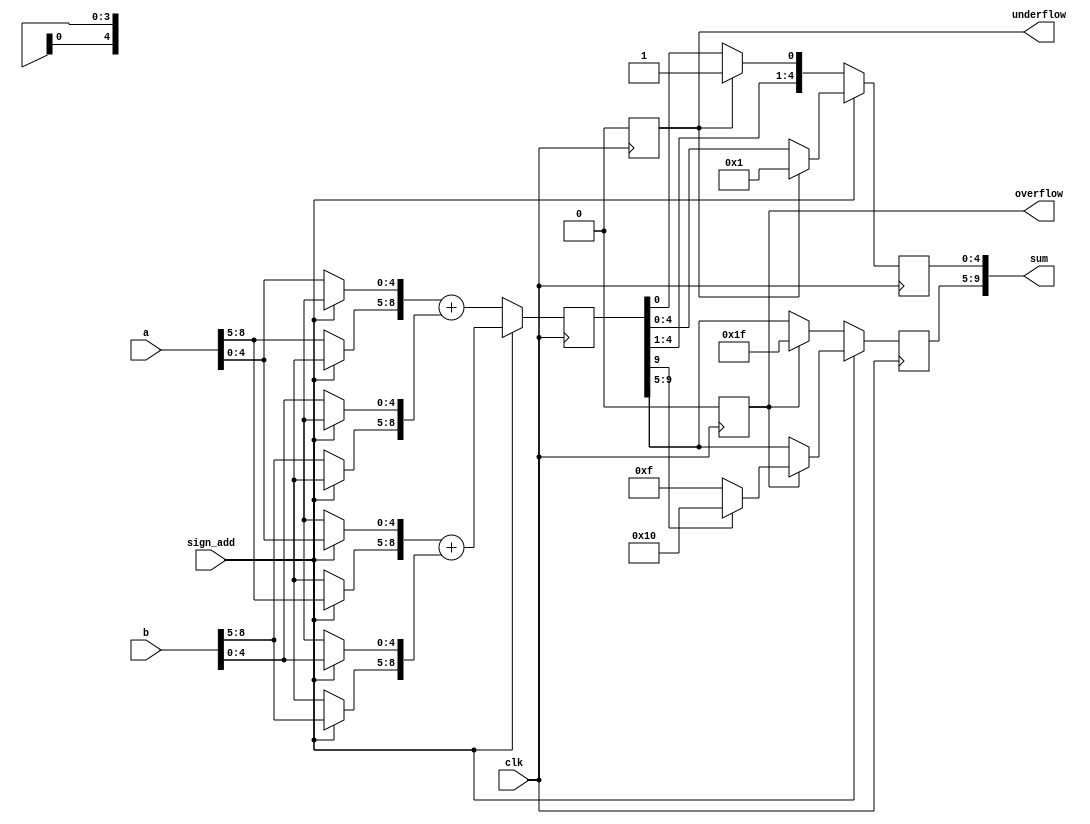
module fp_add1#(
parameter i1=4,f1=5,
parameter i2=4,f2=5,
parameter out_i=5,out_f=5
)
(input clk,
input [i1+f1-1:0]a,
input [i2+f2-1:0]b,
input sign_add,
output  reg overflow,underflow,
output   [out_i+out_f-1:0]sum);
 localparam high_i=(i1>=i2)?i1:i2;
 localparam high_f=(f1>=f2)?f1:f2;
 

 reg [i1-1:0]ai;
 reg [high_i-1:0]temp_ai;
 reg [f1-1:0]af;
 reg [high_f-1:0]temp_af;
 reg [i2-1:0]bi;
 reg [high_i-1:0]temp_bi;
 reg [f2-1:0]bf;
 reg [high_f-1:0]temp_bf;
 reg [high_i+high_f-1:0]temp_a;
 reg [high_i+high_f-1:0]temp_b;
 reg [high_i+high_f:0]temp_sum;
 reg [out_i-1:0]temp_sumi;
 reg [out_f-1:0]temp_sumf;
 wire signed [3:0] max_int ;
     

 always@(*)
 begin
 ai=a[i1+f1-1:f1];
 af=a[f1-1:0];
 bi=b[i2+f2-1:f2];
 bf=b[f2-1:0];
 end
 
 always@(posedge clk)
 begin
 if(sign_add)
 begin
 if(i1==i2 && f1==f2)
 begin
    temp_ai=ai;
    temp_bi=bi;
    temp_af=af;
    temp_bf=bf;
 end
 else if(i1>i2 )
 begin
  temp_ai=ai;
  temp_bi={{(i1-i2){bi[i2-1]}},bi};
  if(f1>=f2)
  begin
    temp_af=af;
    temp_bf={bf,{(f1-f2){1'b0}}};
  end
  else if(f2>f1)
  begin  
    temp_bf=bf;
    temp_af={af,{(f2-f1){1'b0}}};
  end
 end
 else if(i2>i1)
   begin
   temp_bi=bi;
   temp_ai={{(i2-i1){ai[i1-1]}},ai};
    if(f1>f2)
    begin
      temp_af=af;
      temp_bf={bf,{(f1-f2){1'b0}}};
    end
    else if(f2>f1)
    begin  
      temp_bf=bf;
      temp_af={af,{(f2-f1){1'b0}}};
    end
   end
   temp_a={temp_ai,temp_af};
   temp_b={temp_bi,temp_bf};
   temp_sum=$signed(temp_a)+$signed(temp_b);
   
 end
 
 else
 begin
 if(!sign_add)
 begin
 if(i1==i2 && f1==f2)
 begin
 temp_ai=ai;
     temp_bi=bi;
     temp_af=af;
     temp_bf=bf;
     end
// temp_sum=a+b;
// overflow=temp_sum[high_i+high_f];
 else if(i1>=i2 )
  begin
   temp_ai=ai;
   temp_bi={{(i1-i2){1'b0}},bi};
   if(f1>=f2)
   begin
     temp_af=af;
     temp_bf={bf,{(f1-f2){1'b0}}};
   end
   else if(f2>f1)
   begin  
     temp_bf=bf;
     temp_af={af,{(f2-f1){1'b0}}};
   end
  end
  else if(i2>i1)
    begin
    temp_bi=bi;
    temp_ai={{(i2-i1){1'b0}},ai};
     if(f1>f2)
     begin
       temp_af=af;
       temp_bf={bf,{(f1-f2){1'b0}}};
     end
     else if(f2>f1)
     begin  
       temp_bf=bf;
       temp_af={af,{(f2-f1){1'b0}}};
     end
   end
    temp_a={temp_ai,temp_af};
    temp_b={temp_bi,temp_bf};
    temp_sum=temp_a+temp_b;
 
 //overflow=temp_sum[high_i+high_f-1];
 end
 end
 end
 //assign sum=temp_sum;
// assign overflow=temp_sum[high_i+high_f-1];
always@(posedge clk)
begin
if(sign_add)
begin
if(out_i>high_i)
overflow=0;
else if(out_i==high_i)
overflow=((temp_a[high_i+high_f-1]^temp_sum[high_i+high_f-1]) && (temp_b[high_i+high_f-1]^temp_sum[high_i+high_f-1])); 
else if(out_i<high_i)
begin
 if(temp_sum[high_i+high_f]==0)
overflow=|temp_sum[high_i+high_f:(high_i+high_f-(high_i-(out_i)))];
else if(temp_sum[high_i+high_f]==1)
overflow=(~(&temp_sum[high_i+high_f:high_f+out_i]));
end
else
overflow=0;//==temp_sum[high_i+high_f]);//overflow=0;
end
else 
begin
if(out_i>high_i)
overflow=0;
else
overflow=|temp_sum[high_i+high_f:(high_i+high_f-(high_i-out_i))];
end
end
always@(posedge clk)
begin
if(sign_add==0)
begin
if(overflow)
//sum={{out_i{1'b1}},{temp_sum[high_f-1:0]}};
temp_sumi={{out_i{1'b1}}};
else
//sum=temp_sum;//{{temp_sum[high_i+high_f:high_f],;//{{out_i{1'b1}},{temp_sum[high_f-1:high_f-out_i]}};
temp_sumi=temp_sum[high_i+high_f:high_f];

end

else
begin
if(overflow)
begin
if(temp_sum[high_i+high_f]==0)
//sum= {{temp_sum[high_i+high_f]},{(out_i-1){1'b1}},{temp_sum[high_f-1:0]}};
temp_sumi={{temp_sum[high_i+high_f]},{(out_i-1){1'b1}}};
else if(temp_sum[high_i+high_f]==1)
//sum={{temp_sum[high_i+high_f]},{(out_i-1){1'b0}},{temp_sum[high_f-1:0]}};
temp_sumi={{temp_sum[high_i+high_f]},{(out_i-1){1'b0}}};
end
else
temp_sumi=temp_sum[high_i+high_f:high_f];
//sum={{temp_sum[high_i+high_f:high_f]},{temp_sum[high_f-1:0]}};//{temp_sum[high_f-1:high_f-out_i]}};
end

end



always@(posedge clk)
begin
if(sign_add==0)
begin
if(out_f>=high_f)
underflow=0;
else if(//temp_sum[high_i+high_f:high_f]==0 && (temp_sum[high_f-1:0]!=0) &&
 out_f<high_f)
underflow=|temp_sum[high_f-out_f-1:0];
else
underflow=0;
end
else
begin
if(out_f>=high_f)
underflow=0;
else 
//if(temp_sum[high_i+high_f]==0)
underflow=|temp_sum[high_f-out_f-1:0];
//else
//underflow=(~(&temp_sum[high_f-out_f-1:0]));
end
end
always@(posedge clk)
begin
if(sign_add==1)
begin
if(underflow)
//sum={{temp_sum[high_i+high_f:high_f]},{{high_f-out_i}{1'b0}},{1'b1}};
temp_sumf={{{high_f-(high_f-out_f)-1}{1'b0}},{1'b1}};//temp_sum[high_f-1:high_f-(high_f-out_f)]
else
//sum=temp_sum;
temp_sumf=temp_sum[high_f-1:(high_f-out_f)];
end
else
begin
if(underflow)
//sum={{temp_sum[high_i+high_f:high_f]},{{high_f-out_i}{1'b0}},{1'b1}};temp_out[f-1:f-out_f+1]
temp_sumf={{temp_sum[high_f-1:(high_f-out_f)+1]},{1'b1}};
else
//sum={{temp_sum[high_i+high_f:high_f]},{temp_sum[high_f-1:high_f-(high_f-out_f)]}};
temp_sumf=temp_sum[high_f-1:high_f-out_f];
end
end

assign sum={{temp_sumi},{temp_sumf}};

endmodule